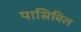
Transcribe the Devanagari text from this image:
पासिबिल